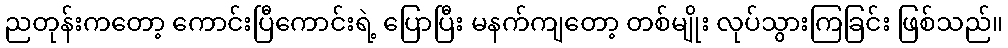
ညတုန်းကတော့ ကောင်းပြီကောင်းရဲ့ ပြောပြီး မနက်ကျတော့ တစ်မျိုး လုပ်သွားကြခြင်း ဖြစ်သည်။